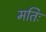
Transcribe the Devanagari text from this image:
मतिः